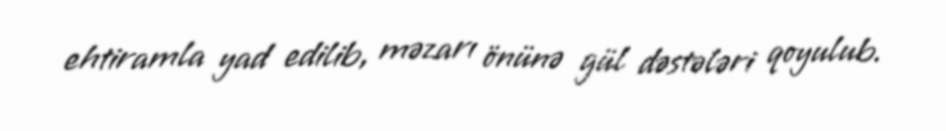
ehtiramla yad edilib, məzarı önünə gül dəstələri qoyulub.